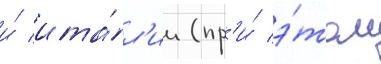
и́ ита́л'ии (пр'и́ э́том